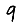
Digit: 9